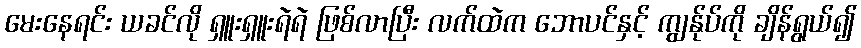
မေးနေရင်း ယခင်လို ရှူးရှူးရဲရဲ ဖြစ်လာပြီး လက်ထဲက ဘောပင်နှင့် ကျွန်ုပ်ကို ချိန်ရွယ်၍